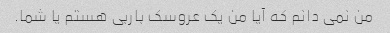
من نمی دانم که آیا من یک عروسک باربی هستم یا شما.